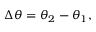
\Delta \theta = \theta _ { 2 } - \theta _ { 1 } ,